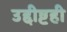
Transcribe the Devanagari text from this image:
उद्दीष्टही